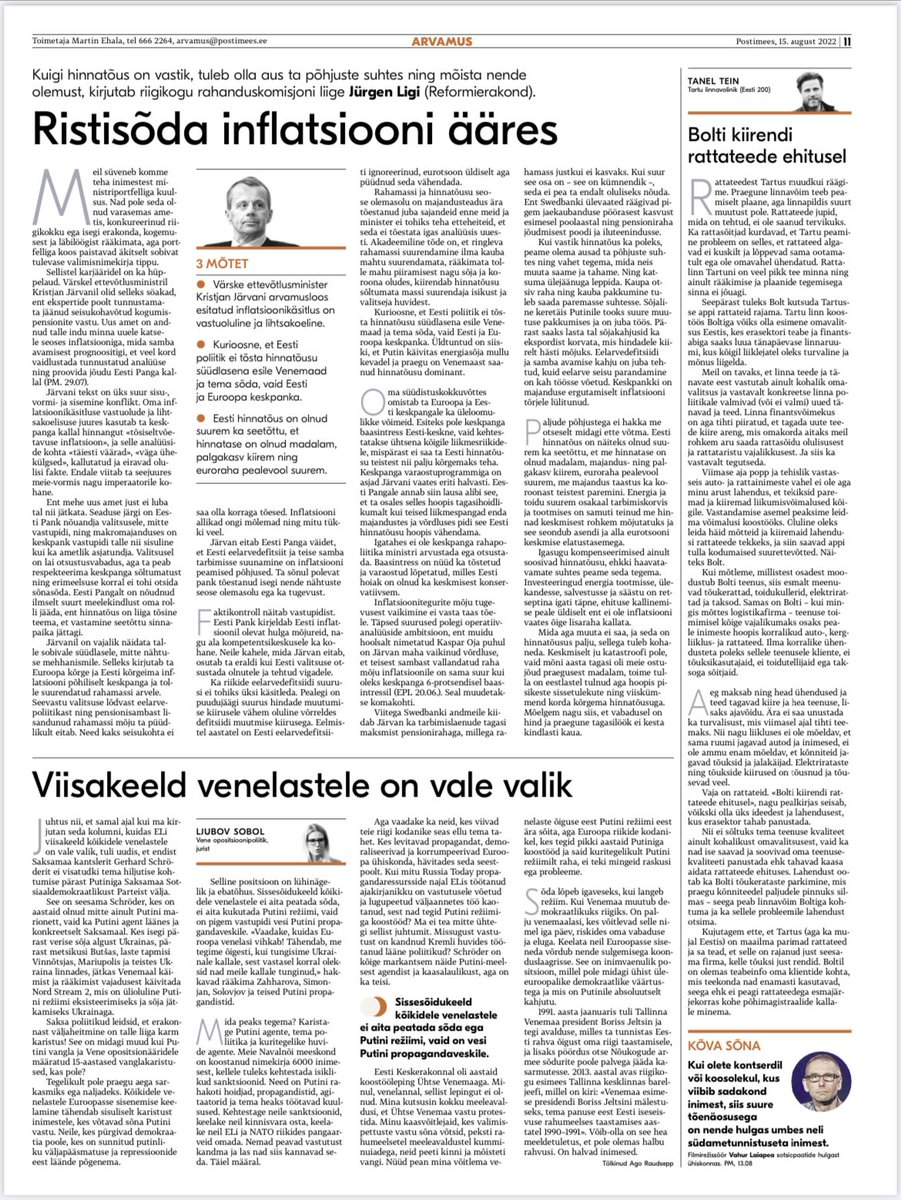
Language: et